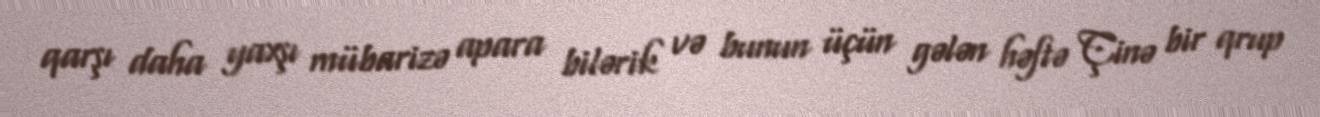
qarşı daha yaxşı mübarizə apara bilərik və bunun üçün gələn həftə Çinə bir qrup